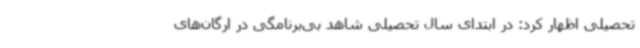
تحصیلی اظهار کرد: در ابتدای سال تحصیلی شاهد بی‌برنامگی در ارگان‌های